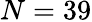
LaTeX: N=39